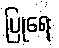
ပြုရေး